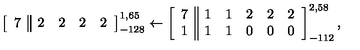
\left[ \begin{array} { c | | c c c c } { 7 } & { 2 } & { 2 } & { 2 } & { 2 } \\ \end{array} \right] _ { - 1 2 8 } ^ { 1 , 6 5 } \leftarrow \left[ \begin{array} { c | | c c c c c } { 7 } & { 1 } & { 1 } & { 2 } & { 2 } & { 2 } \\ { 1 } & { 1 } & { 1 } & { 0 } & { 0 } & { 0 } \\ \end{array} \right] _ { - 1 1 2 } ^ { 2 , 5 8 } ,